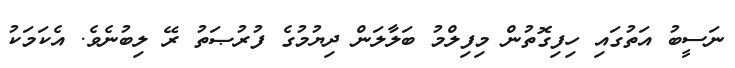
ނަސީބު އަތުގައި ހިފިގޮތުން މިފިލްމު ބަލާލަން ދިޔުމުގެ ފުރުޞަތު ރޭ ލިބުނެވެ. އެކަމަކު